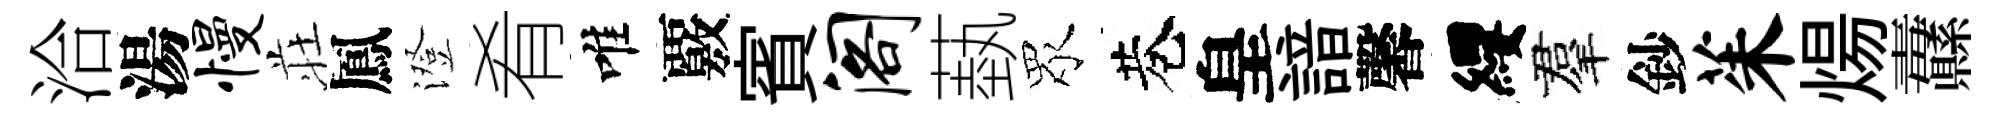
洽湯慢荘鳳澄肴唯覈賓阁蓺眾巷皇諳馨纓羣鈔茱煬纛